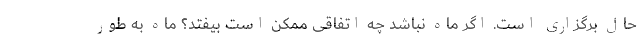
حال برگزاری است. اگر ماه نباشد چه اتفاقی ممکن است بیفتد؟ ماه به طور